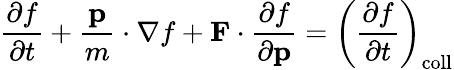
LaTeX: {\frac{\partial f}{\partial t}}+{\frac{\mathbf{p}}{m}}\cdot\nabla f+\mathbf{F}\cdot{\frac{\partial f}{\partial\mathbf{p}}}=\left({\frac{\partial f}{\partial t}}\right)_{\mathrm{coll}}